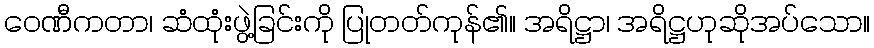
ဝေဏီကတာ၊ ဆံထုံးဖွဲ့ခြင်းကို ပြုတတ်ကုန်၏။ အရိဋ္ဌာ၊ အရိဋ္ဌဟုဆိုအပ်သော။